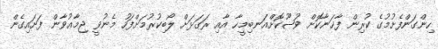
ހިންގަންފެށުމުގެ ކުރިން ފާޚަނާކޮށް ވުޟޫކޮށްއަނބިމީހާ އާއި ރަގަޅަށް ލޯބިކުރުމަށްފަހު މެނުވީ ޖިމާޢުވާން ފަށައިގެން